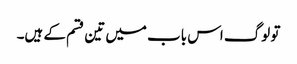
تو لوگ اس باب میں تین قسم کے ہیں۔